Vaccination North-Western Provinces and Oudh 1896-1901 - 1896-1901
Year: 1896
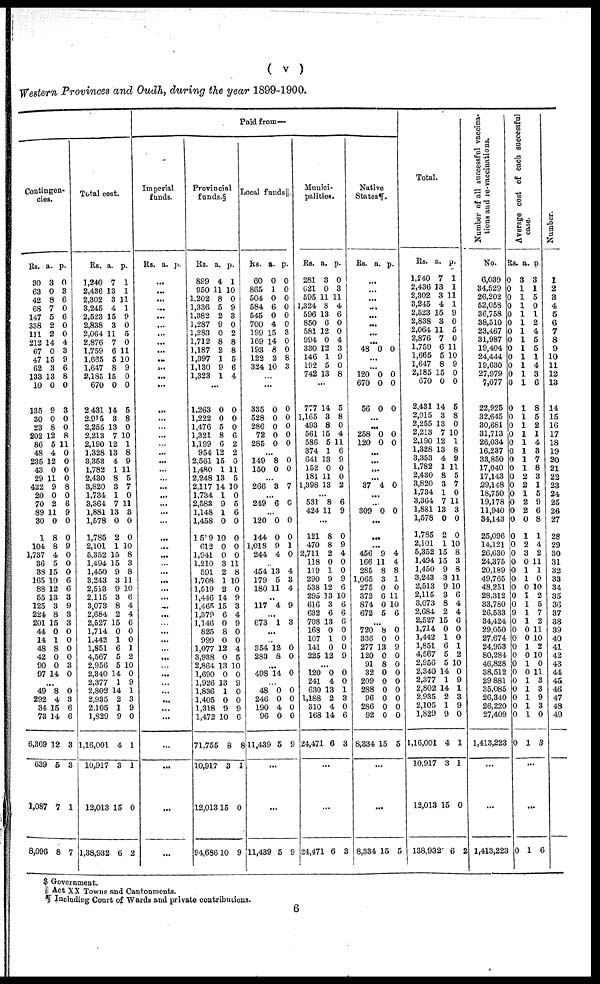
( v )
Western Provinces and Oudh, during the year 1899-1900.
Contingen-
cies.
Rs.
30
63
42
68
147
338
111
212
67
47
62
133
10
135
30
23
202
86
48
235
43
29
422
20
70
89
30
1
104
1,737
36
38
165
88
55
125
224
201
44
14
48
42
90
97
a.
3
0
8
7
5
2
2
14
0
15
3
13
0
9
0
8
12
5
4
12
0
11
9
0
2
11
0
8
8
4
5
15
10
12
13
3
8
15
0
1
8
0
0
14
p.
0
3
6
0
6
0
0
4
3
9
6
8
0
3
0
0
8
11
0
0
0
0
8
0
6
9
0
0
9
0
0
0
6
6
3
9
3
3
0
0
0
0
3
0
...
49
292
34
73
6,369
639
1,087
8,096
8
4
15
14
12
5
7
8
0
3
6
6
3
3
1
7
Total cost.
Rs.
1,240
2,436
2,302
3,245
2,523
2,838
2,064
2,876
1,759
1,665
1,647
2,185
670
2,431
2,915
2,255
2,213
2,190
1,328
3,353
1,782
2,430
3,820
1,734
3,364
1,881
1,578
1,785
2,101
5,352
1,494
1,450
3,243
2,513
2,115
3,073
2,684
2,527
1,714
1,442
1,851
4,567
2,956
2,340
2,377
2,802
2,935
2,105
1,829
1,16,001
10,917
12,013
1,38,932
a.
7
13
3
4
15
3
11
7
6
5
8
15
0
14
3
13
7
12
13
4
1
8
3
1
7
13
0
2
1
15
15
9
3
9
3
8
2
15
0
1
6
5
5
14
1
14
2
1
9
4
3
15
6
p.
1
1
11
1
9
0
5
0
11
10
9
0
0
5
8
0
10
1
8
9
11
5
7
0
11
3
0
0
10
8
3
8
11
10
6
4
4
6
0
0
1
2
10
0
9
1
3
9
0
1
1
0
2
Paid from—
Imperial
funds.
Rs. a. p.
...
...
...
...
...
...
...
...
...
...
...
...
...
...
...
...
...
...
...
...
...
...
...
...
...
...
...
...
...
...
...
...
...
...
...
...
...
...
...
...
...
...
...
...
...
...
...
...
...
...
...
...
...
Provincial
funds.§
Rs.
899
950
1,202
1,336
1,382
1,287
1,283
1,712
1,187
1,397
1,130
1,323
a.
4
11
8
5
2
9
0
8
2
1
9
1
p.
1
10
0
9
3
0
2
8
8
5
6
4
...
1,263
1,222
1,476
1,321
1,199
954
2,561
1,480
2,248
2,117
1,734
2,583
1,148
1,458
1,519
612
1,941
1,210
591
1,708
1,519
1,446
1,465
1,379
1,146
825
999
1,077
3,938
2,864
1,690
1,926
1,836
1,405
1,318
1,472
71,755
10,917
12,013
94,686
0
0
5
8
6
12
15
1
13
14
1
9
1
0
10
0
0
3
2
1
2
14
15
6
0
8
0
12
0
13
0
13
1
0
9
10
8
3
15
10
0
0
0
6
2
2
0
11
5
10
0
5
6
0
0
0
0
11
8
10
0
9
3
4
9
0
0
4
5
10
0
9
0
0
9
6
8
1
0
9
Local funds ||.
Rs.
60
865
504
584
545
700
199
169
193
122
324
a.
0
1
0
6
0
4
15
14
8
2
10
p.
0
0
0
0
0
0
3
0
0
8
3
...
...
335
528
286
72
285
0
0
0
0
0
0
0
0
0
0
...
149
150
8
0
0
0
...
266 3 7
...
249 6 0
...
120
144
1,018
244
0
0
9
4
0
0
1
0
...
454
179
180
13
5
11
4
3
4
...
117 4 9
...
673 1 3
...
...
354
283
12
8
0
0
...
498 14 0
...
48
246
190
96
11,439
0
0
4
0
5
0
0
0
0
9
...
...
11,439 5 9
Munici-
palities.
Rs.
281
621
595
1,324
596
850
581
994
330
146
192
742
a.
3
0
11
8
13
6
12
0
12
1
5
13
p.
0
3
11
4
6
0
0
4
3
9
0
8
...
777
1,165
493
561
586
374
641
152
181
1,398
14
3
8
15
5
1
13
0
11
13
5
8
0
4
11
6
9
0
0
2
...
531
424
8
11
6
9
...
121
470
2,711
118
119
290
538
295
616
632
708
168
107
141
225
8
8
2
0
1
9
12
13
3
6
13
0
1
0
12
0
9
4
0
0
9
6
10
6
6
6
0
0
0
9
...
120
241
630
1,188
310
168
24,471
0
4
13
2
4
14
6
0
0
1
3
0
6
3
...
...
24,471 6 3
Native
States¶.
Rs. a. p.
...
...
...
...
...
...
...
...
48 0 0
...
...
120
670
56
0
0
0
0
0
0
...
...
258
120
0
0
0
0
...
...
...
...
37 4 0
...
...
309 0 0
...
...
...
456
166
285
1,065
275
372
874
672
9
11
8
3
0
6
0
5
4
4
8
1
0
11
10
6
...
720
336
277
120
91
32
209
288
96
286
92
8,334
8
0
13
0
8
0
0
0
0
0
0
15
0
0
9
0
0
0
0
0
0
0
0
5
...
...
8,334 15 5
Total.
Rs.
1,240
2,436
2,302
3,245
2,523
2,838
2,064
2,876
1,759
1,665
1,647
2,185
670
2,431
2,915
2,255
2,213
2,190
1,328
3,353
1,782
2,430
3,820
1,734
3,364
1,881
1,578
1,785
2,101
5,352
1,494
1,450
3,243
2,513
2,115
3,073
2,684
2,527
1,714
1,442
1,851
4,567
2,956
2,340
2,377
2,802
2,935
2,105
1,829
1,16,001
10,917
12,013
138,932
a.
7
13
3
4
15
3
11
7
6
5
8
15
0
14
3
13
7
12
13
4
1
8
3
1
7
13
0
2
1
15
15
9
3
9
3
8
2
15
0
1
6
5
5
14
1
14
2
1
9
4
3
15
6
p.
1
1
11
1
9
0
5
0
11
10
9
0
0
5
8
0
10
1
8
9
11
5
7
0
11
3
0
0
10
8
3
8
11
10
6
4
4
6
0
0
1
2
10
0
9
1
3
9
0
1
1
0
2
Number of all successful vaccina-
tions and re-vaccinations.
No.
6,039
34,529
26,202
52,058
36,758
38,510
23,467
31,987
19,404
24,444
19,630
27,979
7,077
22,925
32,645
30,681
31,713
26,034
16,237
33,850
17,040
17,143
29,148
18,750
19,178
11,940
34,143
25,096
14,121
26,630
24,375
20,189
49,765
48,251
28,312
33,780
26,533
34,424
29,050
27,674
24,953
80,284
46,828
38,512
29,881
35,085
26,340
26,220
27,409
1,413,223
...
...
1,413,223
Average cost of each successful
case.
Rs.
0
0
0
0
0
0
0
0
0
0
0
0
0
0
0
0
0
0
0
0
0
0
0
0
0
0
0
0
0
0
0
0
0
0
0
0
9
0
0
0
0
0
0
0
0
0
0
0
0
0
a.
3
1
1
1
1
1
1
1
1
1
1
1
1
1
1
1
1
1
1
1
1
2
2
1
2
2
0
1
2
3
0
1
1
0
1
1
1
1
0
0
1
0
1
0
1
1
1
1
1
1
p.
3
1
5
0
1
2
4
5
5
1
4
3
6
8
5
2
1
4
3
7
8
3
1
5
9
6
8
1
4
2
11
1
0
10
2
5
7
2
11
10
2
10
0
11
3
3
9
3
0
3
...
...
0 1 6
Number.
1
2
3
4
5
6
7
8
9
10
11
12
13
14
15
16
17
18
19
20
21
22
23
24
25
26
27
28
29
30
31
32
33
34
35
36
37
38
39
40
41
42
43
44
45
46
47
48
49
...
$ Government.
|| Act XX Towns and Cantonments.
¶ Including Court of Wards and private contributions.
6